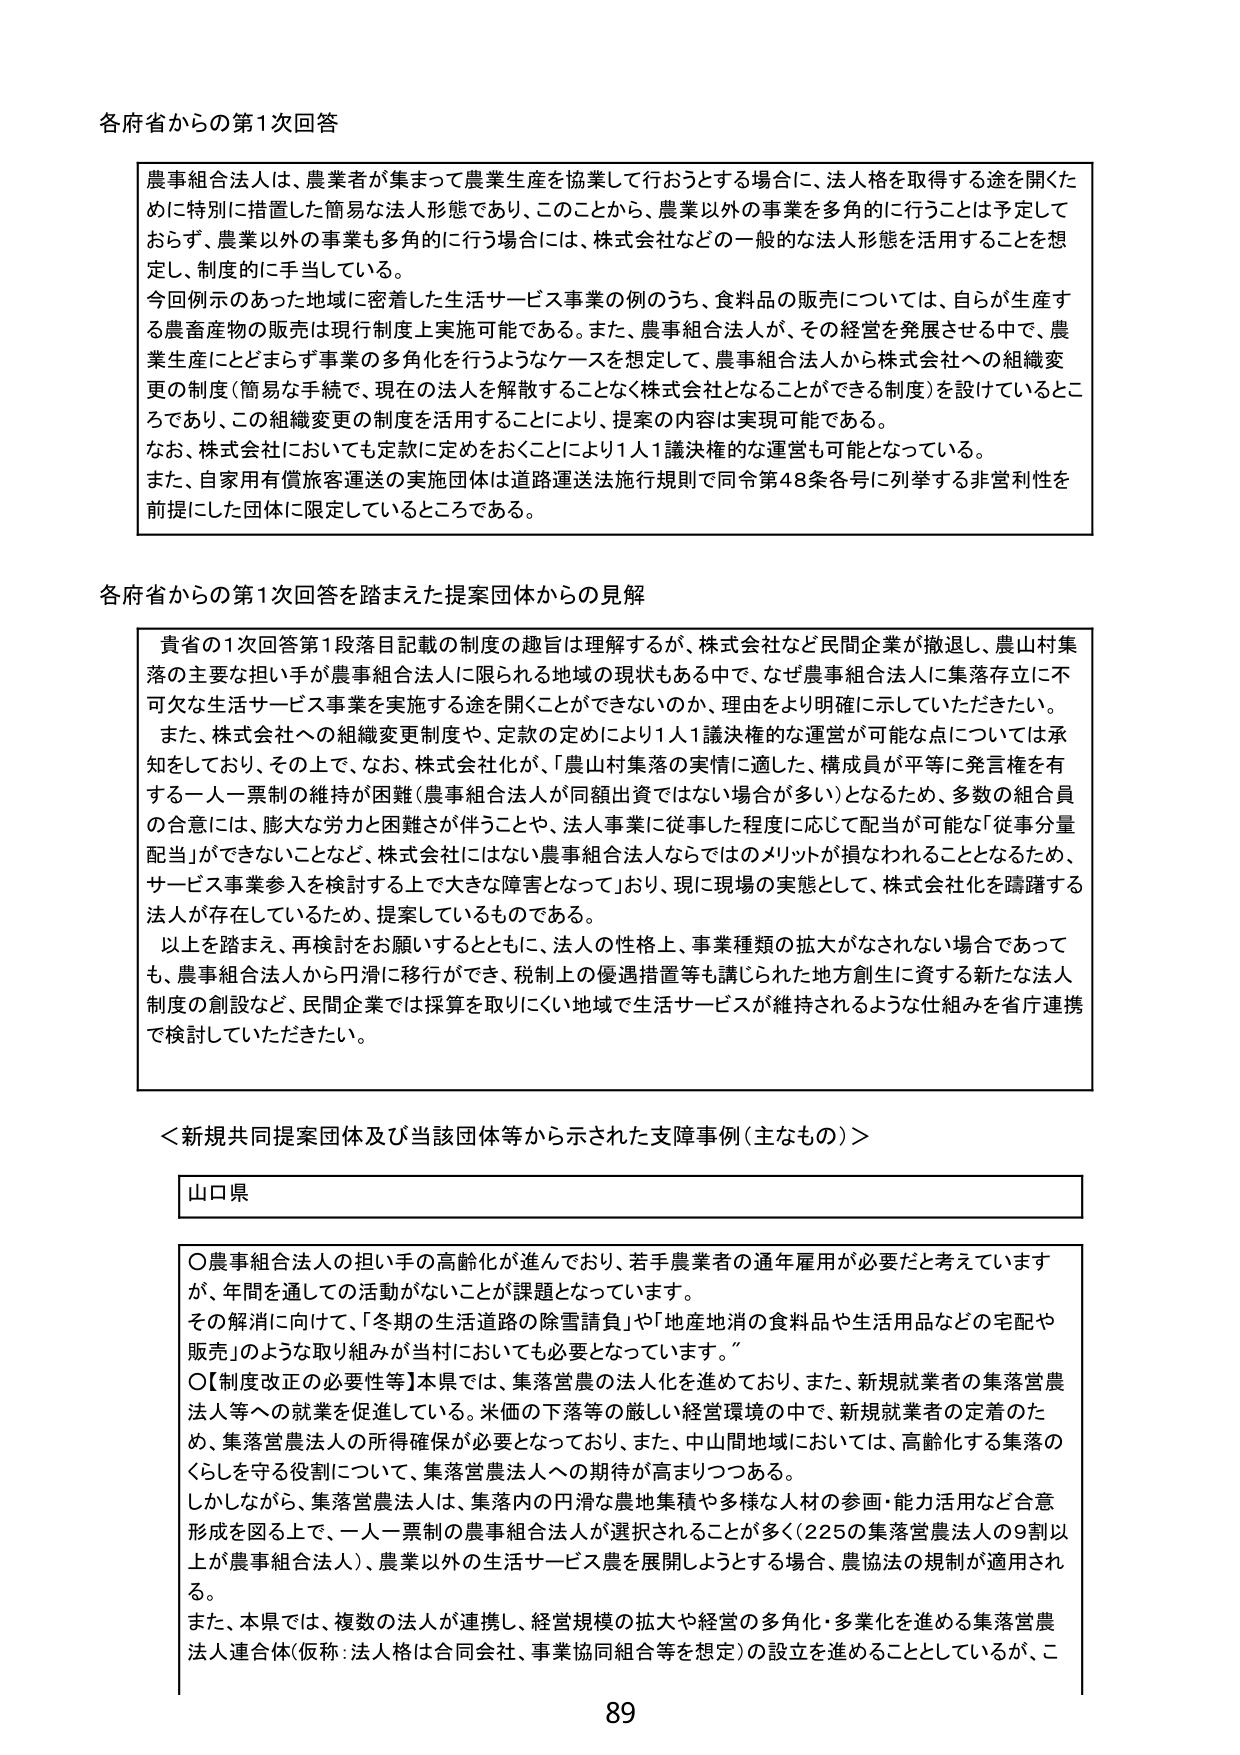
各府省からの第1次回答

農事組合法人は、農業者が集まって農業生産を協業して行おうとする場合に、法人格を取得する途を開くために特別に措置した簡易な法人形態であり、このことから、農業以外の事業を多角的に行うことは予定しておらず、農業以外の事業も多角的に行う場合には、株式会社などの一般的な法人形態を活用することを想定し、制度的に手当している。
今回例示のあった地域に密着した生活サービス事業の例のうち、食料品の販売については、自らが生産する農畜産物の販売は現行制度上実施可能である。また、農事組合法人が、その経営を発展させる中で、農業生産にとどまらず事業の多角化を行うようなケースを想定して、農事組合法人から株式会社への組織変更の制度（簡易な手続で、現在の法人を解散することなく株式会社となることができる制度）を設けているところであり、この組織変更の制度を活用することにより、提案の内容は実現可能である。
なお、株式会社においても定款に定めをおくことにより1人1議決権的な運営も可能となっている。
また、自家用有償旅客運送の実施団体は道路運送法施行規則で同令第48条各号に列挙する非営利性を前提にした団体に限定しているところである。

各府省からの第1次回答を踏まえた提案団体からの見解

貴省の1次回答第1段落目記載の制度の趣旨は理解するが、株式会社など民間企業が撤退し、農山村集落の主要な担い手が農事組合法人に限られる地域の現状もある中で、なぜ農事組合法人に集落存立に不可欠な生活サービス事業を実施する途を開くことができないのか、理由をより明確に示していただきたい。
また、株式会社への組織変更制度や、定款の定めにより1人1議決権的な運営が可能点については承知をしており、その上で、なお、株式会社が、「農山村集落の実情に適した、構成員が平等に発言権を有する一人一票制の維持が困難（農事組合法人が同額出資ではない場合が多い）となるため、多数の組合員の合意には、膨大な労力と困難さが伴うことや、法人事業に従事した程度に応じて配当が可能な「従事分量配当」ができないことなど、株式会社にはない農事組合法人ならではのメリットが損なわれることとなるため、サービス事業参入を検討する上で大きな障害となっており、現に現場の実態として、株式会社化を躊躇する法人が存在しているため、提案しているものである。
以上を踏まえ、再検討をお願いするとともに、法人の性格上、事業種類の拡大がなされない場合であっても、農事組合法人から円滑に移行ができ、税制上の優遇措置等も講じられた地方創生に資する新たな法人制度の創設など、民間企業では採算を取りにくい地域で生活サービスが維持されるような仕組みを省庁連携で検討していただきたい。

＜新規共同提案団体及び当該団体等から示された支障事例（主なもの）＞

山口県

○農事組合法人の担い手の高齢化が進んでおり、若手農業者の通年雇用が必要だと考えていますが、年間を通じての活動がないことが課題となっています。
その解消に向けて、「冬期の生活道路の除雪請負」や「地産地消の食料品や生活用品などの宅配や販売」のような取り組みが当村においても必要となっています。
○【制度改正の必要性等】本県では、集落営農の法人化を進めており、また、新規就業者の集落営農法人等への就業を促進している。米価の下落等の厳しい経営環境の中で、新規就業者の定着のため、集落営農法人の所得確保が必要となっており、また、中山間地域においては、高齢化する集落のくらしを守る役割について、集落営農法人への期待が高まりつつある。
しかしながら、集落営農法人は、集落内の円滑な農地集積や多様な人材の参画・能力活用など合意形成を図る上で、一人一票制の農事組合法人が選択されることが多く（225の集落営農法人の9割以上が農事組合法人）、農業以外の生活サービス農を展開しようとする場合、農協法の規制が適用される。
また、本県では、複数の法人が連携し、経営規模の拡大や経営の多角化・多様化を進める集落営農法人連合体（仮称：法人格は合同会社、事業協同組合等を想定）の設立を進めることとしているが、こ

89